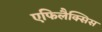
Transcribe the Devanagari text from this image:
एफिलैक्सिस